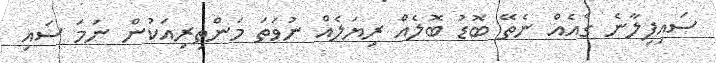
ސައިފިލާނެ ގެއެއް ނެތޭ ބޮޑު ބޮލެއް ރިޔަލެއް ނުވަތަ މަންތިރިއަކުން ނަމަ ސައި